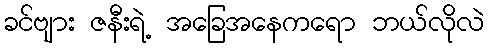
ခင်ဗျား ဇနီးရဲ့ အခြေအနေကရော ဘယ်လိုလဲ